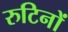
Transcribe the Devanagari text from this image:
रुटिनों